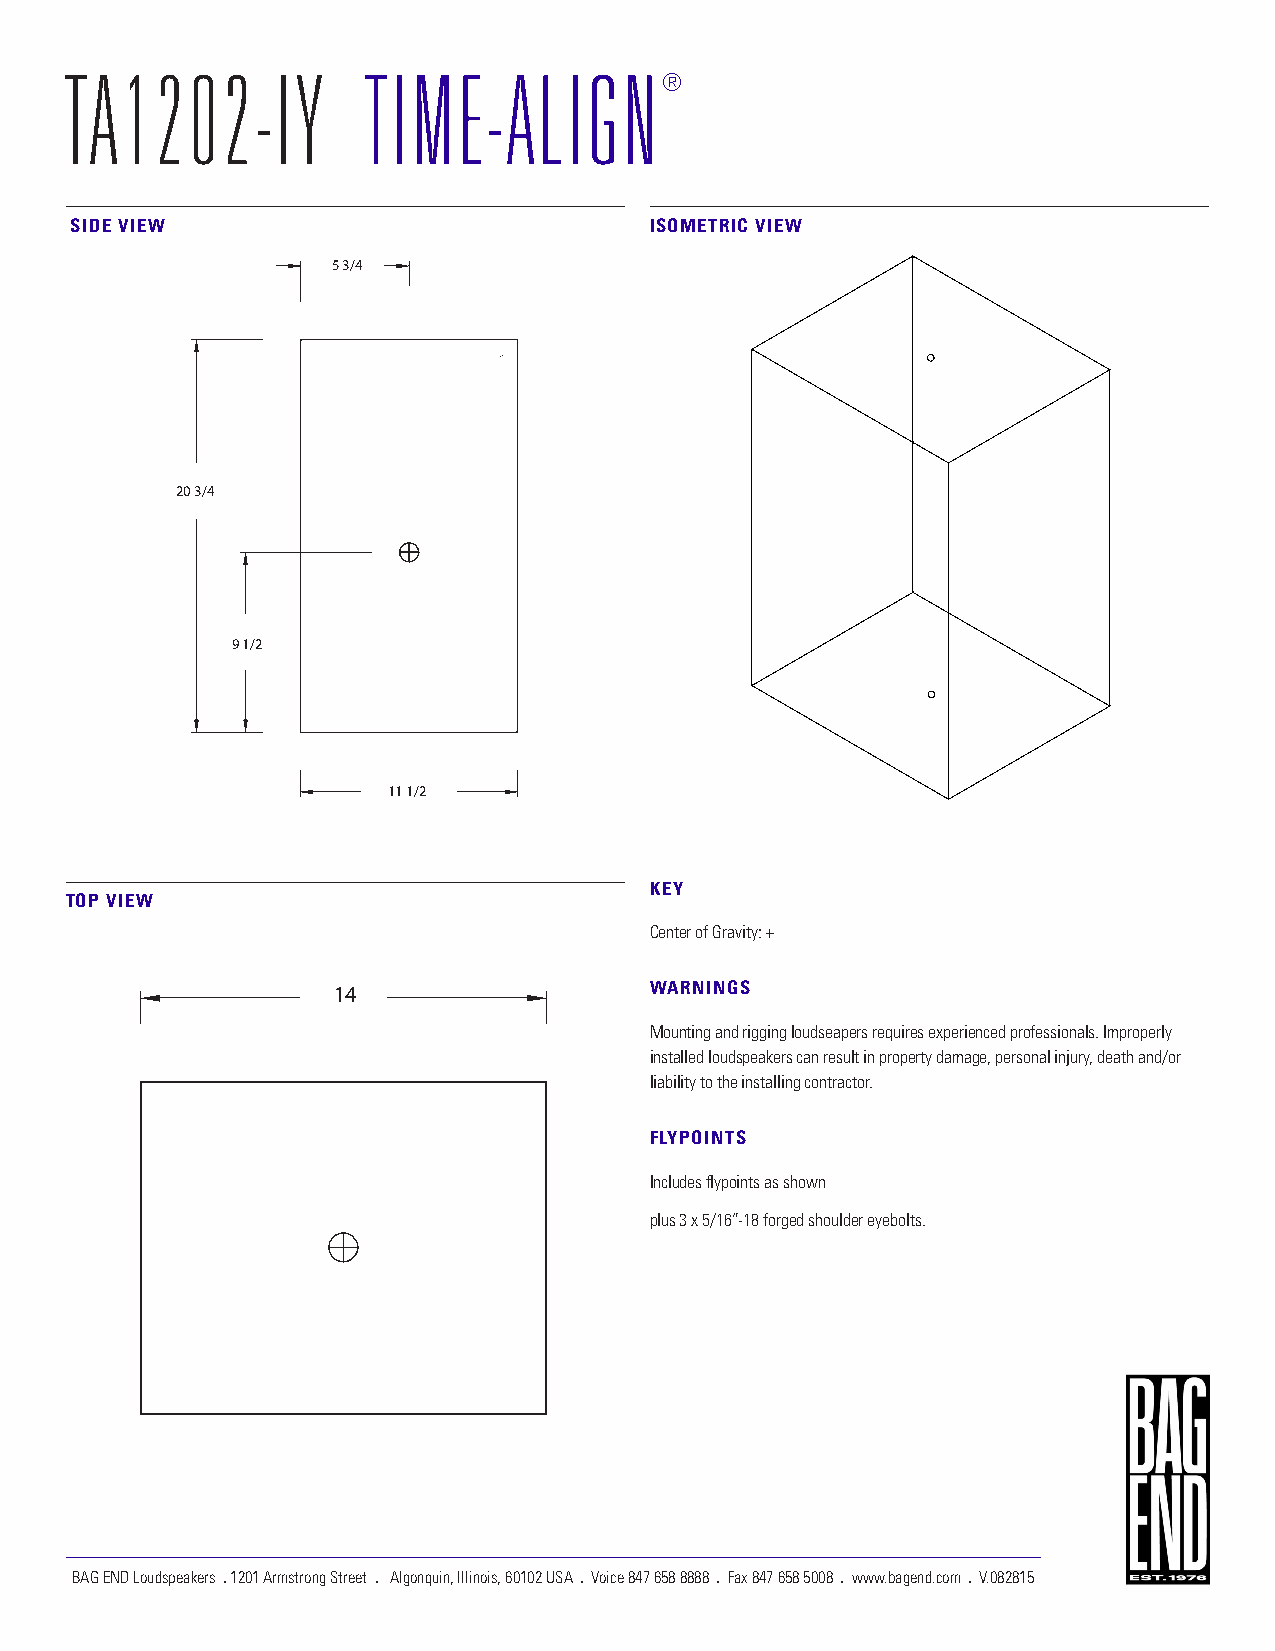
TA1202-IY           TIME-ALIGN
 ®
 SIDE VIEW                             ISOMETRIC VIEW
 5 3/4
 20 3/4
 9 1/2
 11 1/2
 KEY
 TOP VIEW
 Center of Gravity: +
 14                   WARNINGS
 Mounting and rigging loudseapers requires experienced professionals. Improperly
 installed loudspeakers can result in property damage, personal injury, death and/or
 liability to the installing contractor.
 FLYPOINTS
 Includes flypoints as shown
 plus 3 x 5/16”-18 forged shoulder eyebolts.
 BAG END Loudspeakers . 1201 Armstrong Street . Algonquin, Illinois, 60102 USA . Voice 847 658 8888 . Fax 847 658 5008 . www.bagend.com . V.082815